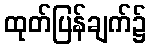
ထုတ်ပြန်ချက်၌